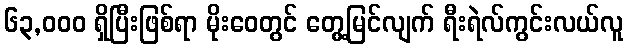
၆၃,၀၀၀ ရှိပြီးဖြစ်ရာ မိုးဝေတွင် တွေ့မြင်လျက် ရီးရဲလ်ကွင်းလယ်လူ